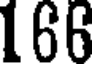
166